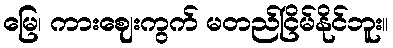
မြေ၊ ကားဈေးကွက် မတည်ငြိမ်နိုင်ဘူး။